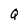
Character: Q